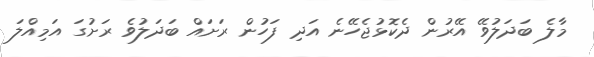
މާލެ ބަދަލުވޭ އޭރުން ދެކޮޅުޖެހޭނެ އަދި ފަހުން ރަށައް ބަދަލުވެ ރަށުގަ އަމިއްލަ